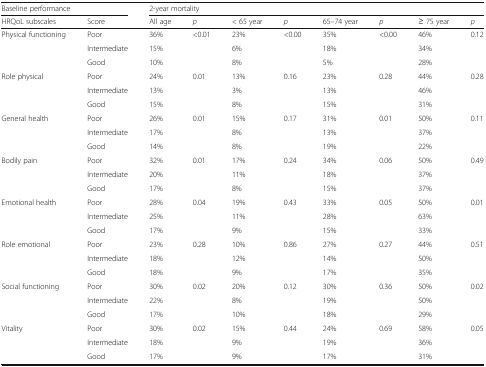
<table><thead><tr><td colspan="2"><b>Baseline performance</b></td><td colspan="8"><b>2-year mortality</b></td></tr><tr><td><b>HRQoL subscales</b></td><td><b>Score</b></td><td><b>All age</b></td><td><b><i>p</i></b></td><td><b>&lt; 65 year</b></td><td><b><i>p</i></b></td><td><b>65–74 year</b></td><td><b><i>p</i></b></td><td><b>≥ 75 year</b></td><td><b><i>p</i></b></td></tr></thead><tbody><tr><td>Physical functioning</td><td>Poor</td><td>36%</td><td>&lt;0.01</td><td>23%</td><td>&lt;0.00</td><td>35%</td><td>&lt;0.00</td><td>46%</td><td>0.12</td></tr><tr><td></td><td>Intermediate</td><td>15%</td><td></td><td>6%</td><td></td><td>18%</td><td></td><td>34%</td><td></td></tr><tr><td></td><td>Good</td><td>10%</td><td></td><td>8%</td><td></td><td>5%</td><td></td><td>28%</td><td></td></tr><tr><td>Role physical</td><td>Poor</td><td>24%</td><td>0.01</td><td>13%</td><td>0.16</td><td>23%</td><td>0.28</td><td>44%</td><td>0.28</td></tr><tr><td></td><td>Intermediate</td><td>13%</td><td></td><td>3%</td><td></td><td>13%</td><td></td><td>46%</td><td></td></tr><tr><td></td><td>Good</td><td>15%</td><td></td><td>8%</td><td></td><td>15%</td><td></td><td>31%</td><td></td></tr><tr><td>General health</td><td>Poor</td><td>26%</td><td>0.01</td><td>15%</td><td>0.17</td><td>31%</td><td>0.01</td><td>50%</td><td>0.11</td></tr><tr><td></td><td>Intermediate</td><td>17%</td><td></td><td>8%</td><td></td><td>13%</td><td></td><td>37%</td><td></td></tr><tr><td></td><td>Good</td><td>14%</td><td></td><td>8%</td><td></td><td>19%</td><td></td><td>22%</td><td></td></tr><tr><td>Bodily pain</td><td>Poor</td><td>32%</td><td>0.01</td><td>17%</td><td>0.24</td><td>34%</td><td>0.06</td><td>50%</td><td>0.49</td></tr><tr><td></td><td>Intermediate</td><td>20%</td><td></td><td>11%</td><td></td><td>18%</td><td></td><td>37%</td><td></td></tr><tr><td></td><td>Good</td><td>17%</td><td></td><td>8%</td><td></td><td>15%</td><td></td><td>37%</td><td></td></tr><tr><td>Emotional health</td><td>Poor</td><td>28%</td><td>0.04</td><td>19%</td><td>0.43</td><td>33%</td><td>0.05</td><td>50%</td><td>0.01</td></tr><tr><td></td><td>Intermediate</td><td>25%</td><td></td><td>11%</td><td></td><td>28%</td><td></td><td>63%</td><td></td></tr><tr><td></td><td>Good</td><td>17%</td><td></td><td>9%</td><td></td><td>15%</td><td></td><td>33%</td><td></td></tr><tr><td>Role emotional</td><td>Poor</td><td>23%</td><td>0.28</td><td>10%</td><td>0.86</td><td>27%</td><td>0.27</td><td>44%</td><td>0.51</td></tr><tr><td></td><td>Intermediate</td><td>18%</td><td></td><td>12%</td><td></td><td>14%</td><td></td><td>50%</td><td></td></tr><tr><td></td><td>Good</td><td>18%</td><td></td><td>9%</td><td></td><td>17%</td><td></td><td>35%</td><td></td></tr><tr><td>Social functioning</td><td>Poor</td><td>30%</td><td>0.02</td><td>20%</td><td>0.12</td><td>30%</td><td>0.36</td><td>50%</td><td>0.02</td></tr><tr><td></td><td>Intermediate</td><td>22%</td><td></td><td>8%</td><td></td><td>19%</td><td></td><td>50%</td><td></td></tr><tr><td></td><td>Good</td><td>17%</td><td></td><td>10%</td><td></td><td>18%</td><td></td><td>29%</td><td></td></tr><tr><td>Vitality</td><td>Poor</td><td>30%</td><td>0.02</td><td>15%</td><td>0.44</td><td>24%</td><td>0.69</td><td>58%</td><td>0.05</td></tr><tr><td></td><td>Intermediate</td><td>18%</td><td></td><td>9%</td><td></td><td>19%</td><td></td><td>36%</td><td></td></tr><tr><td></td><td>Good</td><td>17%</td><td></td><td>9%</td><td></td><td>17%</td><td></td><td>31%</td><td></td></tr></tbody></table>